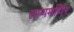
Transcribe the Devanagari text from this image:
तायमयिर